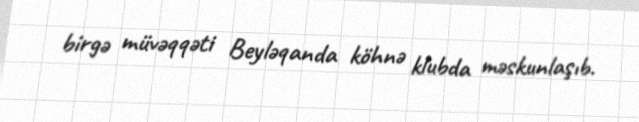
birgə müvəqqəti Beyləqanda köhnə klubda məskunlaşıb.